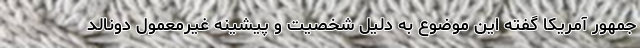
‌جمهور آمریکا گفته این موضوع به دلیل شخصیت و پیشینه غیرمعمول دونالد